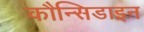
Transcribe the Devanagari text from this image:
कौन्सिडाइन